Indian journal of veterinary science and animal husbandry - Volumes 18-21, 1948-1951
Year: 1948
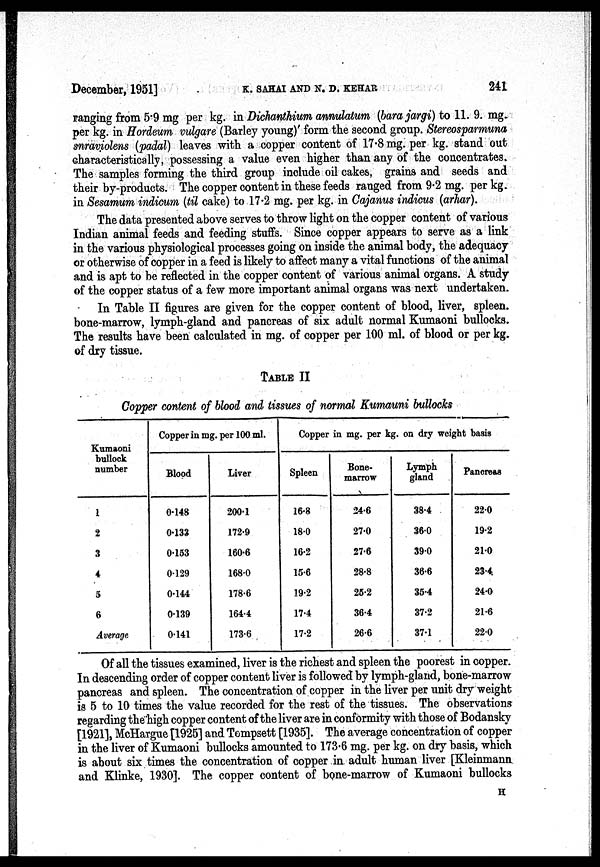
December, 1951]
K.
SAHAI
AND
N.
D.
KEHAR
241
ranging from 5.9 mg per kg. in Dichanthium annulatum (bara jargi) to 11. 9. mg.
per kg. in Hordeum vulgare (Barley young)' form the second group. Stereosparmuna
snraviolens (padal) leaves with a copper content of 17.8 mg. per kg. stand out
characteristically, possessing a value even higher than any of the concentrates.
The samples forming the third group include oil cakes, grains and seeds and
their by-products. The copper content in these feeds ranged from 9.2 mg. per kg.
in Sesamum indicum (til cake) to 17.2 mg. per kg. in Cajanus indicus (arhar).
The data presented above serves to throw light on the copper content of various
Indian animal feeds and feeding stuffs. Since copper appears to serve as a link
in the various physiological processes going on inside the animal body, the adequacy
or otherwise of copper in a feed is likely to affect many a vital functions of the animal
and is apt to be reflected in the copper content of various animal organs. A study
of the copper status of a few more important animal organs was next undertaken.
In Table II figures are given for the copper content of blood, liver, spleen.
bone-marrow, lymph-gland and pancreas of six adult normal Kumaoni bullocks.
The results have been calculated in mg. of copper per 100 ml. of blood or per kg.
of dry tissue.
TABLE II
Copper content of blood and tissues of normal Kumauni bullocks
Kumaoni
bullock
number
1
2
3
4
5
6
Average
Copper in mg. per 100 ml.
Blood
0.148
0.133
0.153
0.129
0.144
0.139
0.141
Liver
200.1
172.9
160.6
168.0
178.6
164.4
173.6
Copper in mg. per kg. on dry weight basis
Spleen
16.3
18.0
16.2
15.6
19.2
17.4
17.2
Bone-
marrow
24.6
27.0
27.6
28.8
25.2
36.4
26.6
Lymph
gland
38.4
36.0
39.0
36.6
35.4
37.2
37.1
Pancreas
22.0
19.2
21.0
23.4
24.0
21.6
22.0
Of all the tissues examined, liver is the richest and spleen the poorest in copper.
In descending order of copper content liver is followed by lymph-gland, bone-marrow
pancreas and spleen. The concentration of copper in the liver per unit dry weight
is 5 to 10 times the value recorded for the rest of the tissues. The observations
regarding the high copper content of the liver are in conformity with those of Bodansky
[1921], McHargue [1925] and Tompsett [1935]. The average concentration of copper
in the liver of Kumaoni bullocks amounted to 173.6 mg. per kg. on dry basis, which
is about six times the concentration of copper in adult human liver [Kleinmann
and Klinke, 1930]. The copper content of bone-marrow of Kumaoni bullocks
H